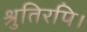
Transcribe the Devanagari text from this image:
श्रुतिरपि।